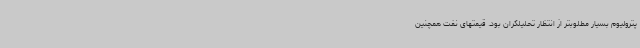
پترولیوم بسیار مطلوبتر از انتظار تحلیلگران بود. قیمتهای نفت همچنین